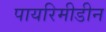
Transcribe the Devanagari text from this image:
पायरिमीडीन